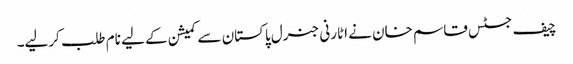
چیف جسٹس قاسم خان نے اٹارنی جنرل پاکستان سے کمیشن کے لیے نام طلب کرلیے۔